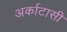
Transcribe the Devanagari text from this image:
अर्काटासी